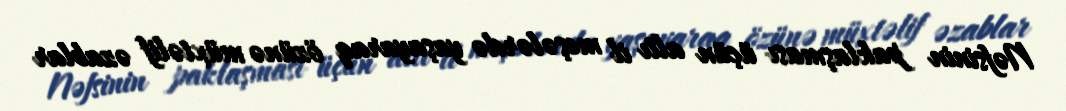
Nəfsinin paklaşması üçün altı il meşələrdə yaşayaraq özünə müxtəlif əzablar